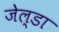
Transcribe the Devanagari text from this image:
जेल्डा